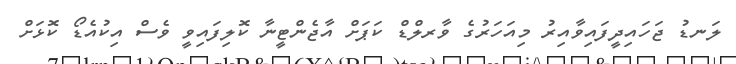
ލަނޑު ޖަހައިދީފައިވާއިރު މިއަހަރުގެ ވާރލްޑް ކަޕަށް އާޖެންޓީނާ ކޮލިފައިވީ ވެސް އިކުއެޑޯ ކޮޅަށް